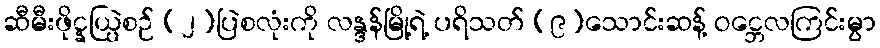
ဆီမီးဖိုင္နယ္ပြဲစဉ် (၂)ပြဲစလုံးကို လန္ဒန်မြို့ရဲ့ ပရိသတ် (၉)သောင်းဆန့် ဝင္ဘေလကြင်းမွာ